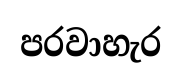
පරවාහැර